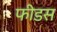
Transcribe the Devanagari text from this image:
फीडस